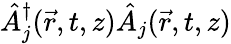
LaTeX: \hat{A}_{j}^{\dagger}(\vec{r},t,z)\hat{A}_{j}(\vec{r},t,z)